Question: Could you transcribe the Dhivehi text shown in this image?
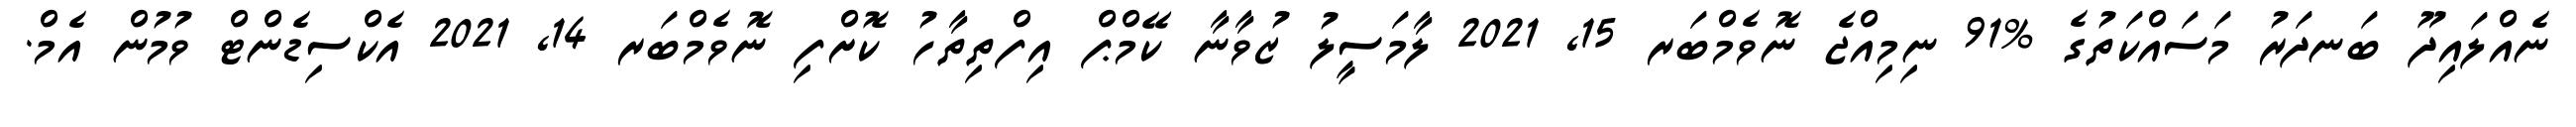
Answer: ނެއްލައިދޫ ބަނދަރު މަސައްކަތުގެ %91 ނިމިއްޖެ ނޮވެމްބަރ 15, 2021 ލާމަސީލު ޒުވާނާ ކޭމްޕް އިފްތިތާހު ކޮށްފި ނޮވެމްބަރ 14, 2021 އެކްސިޑެންޓް ވުމުން އެމް.